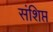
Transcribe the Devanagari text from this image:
संशिप्त